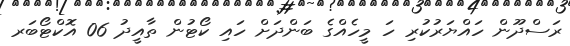
ރަސްދޫން ހައްޔަރުކުރި ހަ މީހެއްގެ ބަންދަށް ހައި ކޯޓުން ތާއީދު 06 އޮކްޓޯބަރ